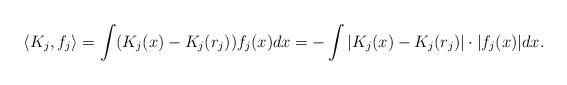
LaTeX: \begin{align*}\langle K_j,f_j\rangle =\int (K_j(x)-K_j(r_j))f_j(x)dx=-\int |K_j(x)-K_j(r_j)|\cdot|f_j(x)|dx.\end{align*}